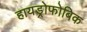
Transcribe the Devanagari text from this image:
हायड्रोफोबिक